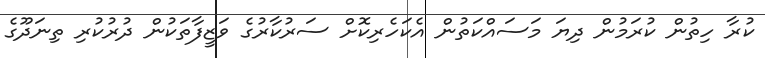
ކުރާ ހިތުން ކުރަމުން ދިޔަ މަސައްކަތުން އެކަހެރިކޮށް ސަރުކާރުގެ ވަޒީފާތަކުން ދުރުކުރި ތިނަދޫގެ